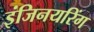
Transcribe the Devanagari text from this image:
इंजिनयरिंग